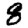
Digit: 8